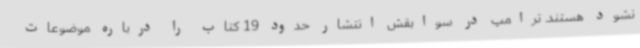
نشود هستند. ترامپ در سوابقش انتشار حدود 19 کتاب را درباره موضوعات